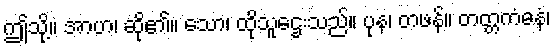
ဤသို့။ အာဟ၊ ဆို၏။ သော၊ ထိုသူဌေးသည်။ ပုန၊ တဖန်။ တတ္တကံဓနံ၊